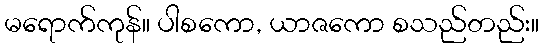
မရောက်ကုန်။ ပါစကော, ယာဇကော စသည်တည်း။